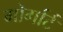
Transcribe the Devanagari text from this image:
मोर्गार्ट